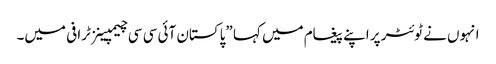
انہوں نے ٹوئٹر پر اپنے پیغام میں کہا ”پاکستان آئی سی سی چیمپینز ٹرافی میں۔